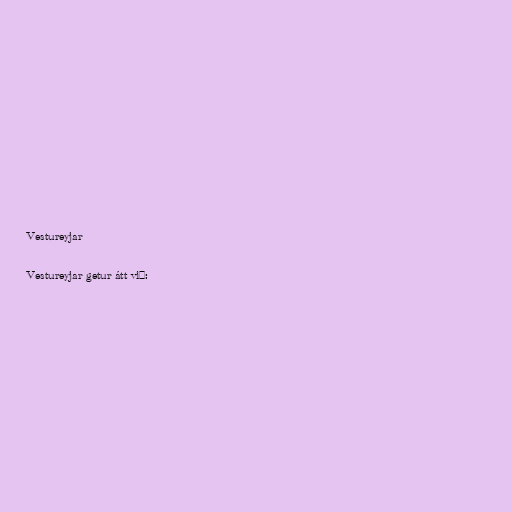
Vestureyjar

Vestureyjar getur átt við: